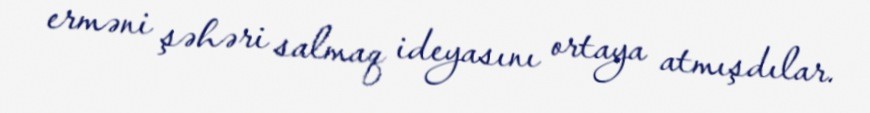
erməni şəhəri salmaq ideyasını ortaya atmışdılar.